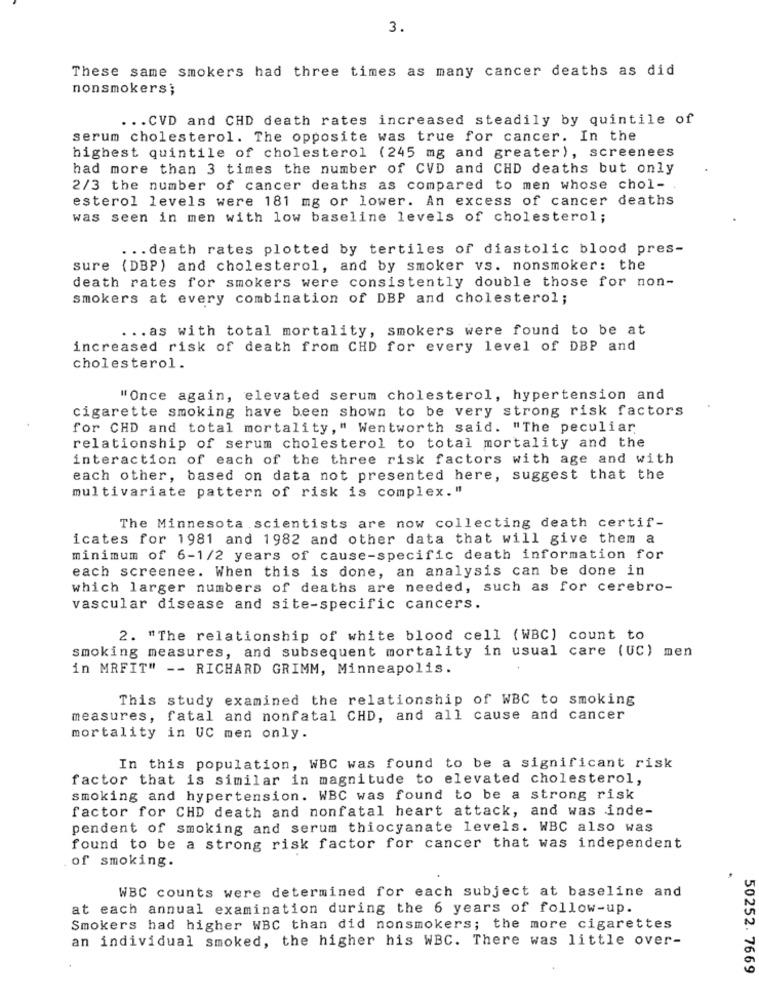
3.
These same smokers had three times as many cancer deaths as did
nonsmokers;
... CVD and CHD death rates increased steadily by quintile of
serum cholesterol. The opposite was true for cancer. In the
highest quintile of cholesterol (245 mg and greater), screenees
had more than 3 times the number of CVD and CHD deaths but only
2/3 the number of cancer deaths as compared to men whose chol-
esterol levels were 181 mg or lower. An excess of cancer deaths
was seen in men with low baseline levels of cholesterol;
... death rates plotted by tertiles of diastolic blood pres-
sure (DBP) and cholesterol, and by smoker vs. nonsmoker: the
death rates for smokers were consistently double those for non-
smokers at every combination of DBP and cholesterol;
... as with total mortality, smokers were found to be at
increased risk of death from CHD for every level of DBP and
cholesterol.
"Once again, elevated serum cholesterol, hypertension and
cigarette smoking have been shown to be very strong risk factors
for CHD and total mortality, " Wentworth said. "The peculiar
relationship of serum cholesterol to total mortality and the
interaction of each of the three risk factors with age and with
each other, based on data not presented here, suggest that the
multivariate pattern of risk is complex. "
The Minnesota scientists are now collecting death certif-
icates for 1981 and 1982 and other data that will give them a
minimum of 6-1/2 years of cause-specific death information for
each screenee. When this is done, an analysis can be done in
which larger numbers of deaths are needed, such as for cerebro-
vascular disease and site-specific cancers.
2. "The relationship of white blood cell (WBC) count to
smoking measures, and subsequent mortality in usual care (UC) men
in MRFIT" -- RICHARD GRIMM, Minneapolis.
This study examined the relationship of WBC to smoking
measures, fatal and nonfatal CHD, and all cause and cancer
mortality in UC men only.
In this population, WBC was found to be a significant risk
factor that is similar in magnitude to elevated cholesterol,
smoking and hypertension. WBC was found to be a strong risk
factor for CHD death and nonfatal heart attack, and was inde-
pendent of smoking and serum thiocyanate levels. WBC also was
found to be a strong risk factor for cancer that was independent
of smoking.
WBC counts were determined for each subject at baseline and
at each annual examination during the 6 years of follow-up.
Smokers had higher WBC than did nonsmokers; the more cigarettes
an individual smoked, the higher his WBC. There was little over-
50252. 7669